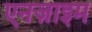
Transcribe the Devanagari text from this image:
एनज़ाइम